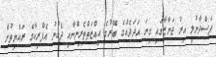
ފަސްދާނުލީ އިރު ޖަނާޒާގައި ގިނަ އަދަދެއްގެ ބޭރުގެ އިއްޒަތްތެރިންނާއި ދެކުނު އެފްރިކާގެ ރައްޔިތުން